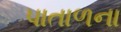
પાતાળના